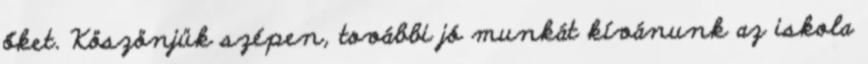
őket. Köszönjük szépen, további jó munkát kívánunk az iskola